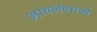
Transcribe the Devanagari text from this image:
आयलंडमध्ये